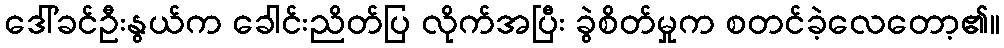
ဒေါ်ခင်ဦးနွယ်က ခေါင်းညိတ်ပြ လိုက်အပြီး ခွဲစိတ်မှုက စတင်ခဲ့လေတော့၏။